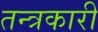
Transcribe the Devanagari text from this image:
तन्त्रकारी